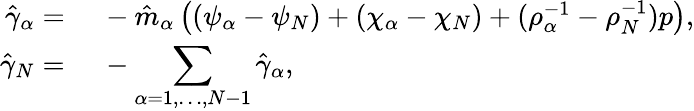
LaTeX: \begin{array}{rl}{\hat{\gamma}_{\alpha}=}&{{}~-\hat{m}_{\alpha}\left((\psi_{\alpha}-\psi_{N})+(\chi_{\alpha}-\chi_{N})+(\rho_{\alpha}^{-1}-\rho_{N}^{-1})p\right),}\\ {\hat{\gamma}_{N}=}&{{}~-\displaystyle\sum_{\alpha=1,\dots,N-1}\hat{\gamma}_{\alpha},}\end{array}